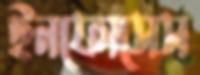
ইনফোসেস